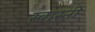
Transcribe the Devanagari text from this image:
स्वास्नी